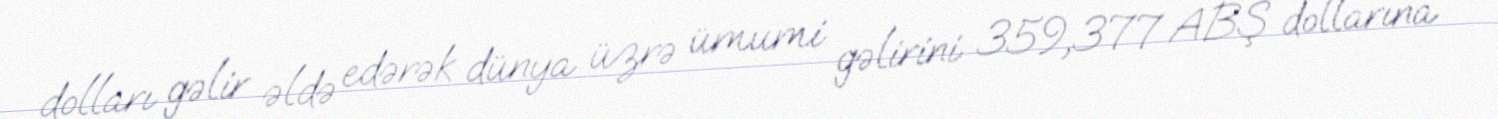
dolları gəlir əldə edərək dünya üzrə ümumi gəlirini 359,377 ABŞ dollarına